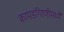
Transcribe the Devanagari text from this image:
कापडगिरणीमध्ये